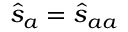
\hat { s } _ { a } = \hat { s } _ { a a }